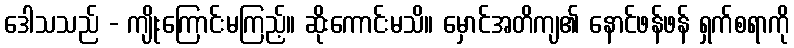
ဒေါသသည် - ကျိုးကြောင်းမကြည့်။ ဆိုးကောင်းမသိ။ မှောင်အတိကျ၏ နောင်ဖန်ဖန် ရှက်စရာကို